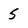
Character: 5